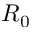
R _ { 0 }